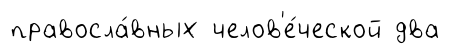
правосла́вных челов'е́ческой два